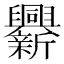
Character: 𨑁